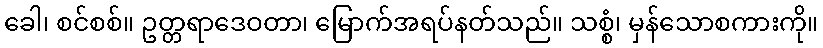
ခေါ၊ စင်စစ်။ ဥတ္တရာဒေဝတာ၊ မြောက်အရပ်နတ်သည်။ သစ္စံ၊ မှန်သောစကားကို။